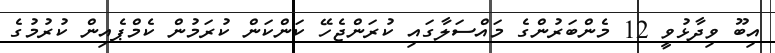
އިބޫ ވިދާޅުވީ 12 މެންބަރުންގެ މައްސަލާގައި ކުރަންޖެހޭ ކަންކަން ކުރަމުން ކެމްޕެއިން ކުރުމުގެ